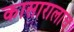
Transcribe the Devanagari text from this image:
कासारालाच